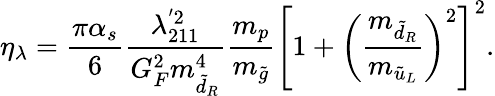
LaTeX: \eta_{\lambda}=\frac{\pi\alpha_{s}}{6}\frac{\lambda_{211}^{'2}}{G_{F}^{2}m_{\tilde{d}_{R}}^{4}}\frac{m_{p}}{m_{\tilde{g}}}\left[1+\left(\frac{m_{\tilde{d}_{R}}}{m_{\tilde{u}_{L}}}\right)^{2}\right]^{2}.